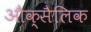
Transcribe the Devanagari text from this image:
औक्सैलिक